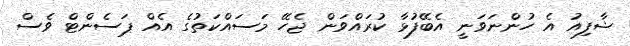
ޝާފިއު އެ ހުންނަވަނީ އެބޭފުޅާ ކުރައްވަން ޖެހޭ މަސައްކަތުގެ އެއް ޕަސެންޓް ވެސް